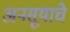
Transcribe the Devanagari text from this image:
अनसूयाचे